Calcutta medical institutions reports 1871-78
Year: 1871
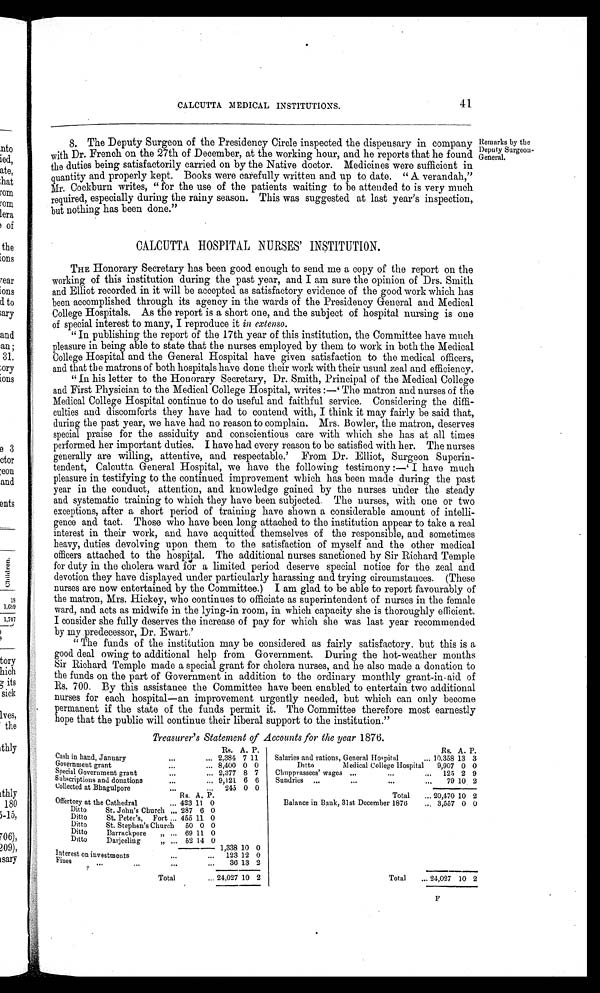
CALCUTTA MEDICAL INSTITUTIONS.
41
8. The Deputy Surgeon of the Presidency Circle inspected the dispensary in company
with Dr. French on the 27th of December, at the working hour, and he reports that he found
the duties being satisfactorily carried on by the Native doctor. Medicines were sufficient in
quantity and properly kept. Books were carefully written and up to date. "A. verandah,"
Mr. Cockburn writes, "for the use of the patients waiting to be attended to is very much
required, especially during the rainy season. This was suggested at last year's inspection,
requre,
but nothing has been done."
Remarks by the
Deputy Surgeon
-General.
CALCUTTA HOSPITAL NURSES' INSTITUTION.
THE Honorary Secretary has been good enough to send me a copy of the report on the
working of this institution during the past year, and I am sure the opinion of Drs. Smith
and Elliot recorded in it will be accepted as satisfactory evidence of the good work which has
been accomplished through its agency in the wards of the Presidency General and Medical
College Hospitals. As the report is a short one, and the subject of hospital nursing is one
of special interest to many, I reproduce it in extenso .
"In publishing the report of the 17th year of this institution, the Committee have much
pleasure in being able to state that the nurses employed by them to work in both the Medical
College Hospital and the General Hospital have given satisfaction to the medical officers,
and that the matrons of both hospitals have done their work with their usual zeal and efficiency.
"In his letter to the Honorary Secretary, Dr. Smith, Principal of the Medical College
and First Physician to the Medical College Hospital, writes:—"The matron and nurses of the
Medical College Hospital continue to do useful and faithful service. Considering the diffi-
culties and discomforts they have had to contend with, I think it may fairly be said that,
during the past year, we have had no reason to complain. Mrs. Bowler, the matron, deserves
special praise for the assiduity and conscientious care with which she has at all times
performed her important duties. I have had every reason to be satisfied with her. The nurses
generally are willing, attentive, and respectable.' From Dr. Elliot, Surgeon Superin-
tendent, Calcutta General Hospital, we have the following testimony:—'I have much
pleasure in testifying to the continued improvement which has been made during the past
year in the conduct, attention, and knowledge gained by the nurses under the steady
and systematic training to which they have been subjected. The nurses, with one or two
exceptions, after a short period of training have shown a considerable amount of intelli--
gence and tact. Those who have been long attached to the institution appear to take a real
interest in their work, and have acquitted themselves of the responsible, and sometimes
heavy, duties devolving upon them to the satisfaction of myself and the other medical
officers attached to the hospital. The additional nurses sanctioned by Sir Richard Temple
for duty in the cholera ward for a limited period deserve special notice for the zeal and
devotion they have displayed under particularly harassing and trying circumstances. (These
nurses are now entertained by the Committee.) I am glad to be able to report favourably of
the matron, Mrs. Hickey, who continues to officiate as superintendent of nurses in the female
ward, and acts as midwife in the lying-in room, in which capacity she is thoroughly efficient.
I consider she fully deserves the increase of pay for which she was last year recommended
by my predecessor, Dr. Ewart.'
"The funds of the institution may be considered as fairly satisfactory, but this is a
good deal owing to additional help from Government. During the hot-weather months
Sir Richard Temple made a special grant for cholera nurses, and he also made a donation to
the funds on the part of Government in addition to the ordinary monthly grant-in-aid of
Rs. 700. By this assistance the Committee have been enabled to entertain two additional
nurses for each hospital—an improvement urgently needed, but which can only become
permanent if the state of the funds permit it. The Committee therefore most earnestly
hope that the public will continue their liberal support to the institution."
Treasurer's Statement of Accounts for the year 1876.
Rs. A. P.
Cash in hand, January
. . .
... 2,384 7 11
Government grant
...
... 8,400 0 0
Special Government grant
. . .
. . . 2,377 8 7
Subscriptions and donations
...
. . . 9,121 6 6
Collected at Bhagulpore
. . .
. . . 245 0 0
Rs. A. P.
Offertory at the Cathedral
. . .
423 11 0
Ditto
St. John's Church
. . . 287 6 0
Ditto
St. Peter's, Fort . . .
455 11 0
Ditto
St. Stephen's Church
...
50 0 0
Ditto
Barrackpore „ . . . 69 11 0
Ditto
Darjeeling
„ ... 52 14 0
1,338 10 0
Interest on investments
. . .
. . . 123 12 0
Fines ...
...
. . .
...
36 13 2
Total
... 24,027 10 2
Rs. A. P.
Salaries and rations, General Hospital
... 10,358 13 3
Ditto Medical College Hospital 9,907 0 0
Chupprassees' wages ... ...
. . . 125 2 9
Sundries ...
...
...
...
79 10 2
Total
... 20,470 10 2
Balance in Bank, 31st December 1876
... 3,557 0 0
Total
. . .24,027 10 2